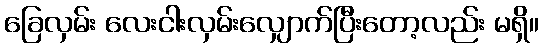
ခြေလှမ်း လေးငါးလှမ်းလျှောက်ပြီးတော့လည်း မရှိ။